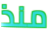
منذ